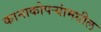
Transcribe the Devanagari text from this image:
कानाकोपर्‍यांमधील